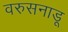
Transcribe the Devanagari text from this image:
वरुसनाडू